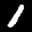
Label: 1